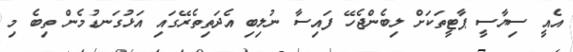
އެއީ ސިޔާސީ ޕާޓީތަކަށް ލިބެންޖެހޭ ފައިސާ ނުލިބި އެދަތިތެރޭގައި އަޅުގަނޑުމެން ތިބެ މި